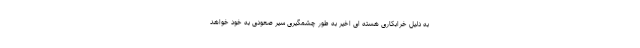
به دلیل خرابکاری هسته ای اخیر به طور چشمگیری سیر صعودی به خود خواهد